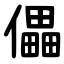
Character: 儡